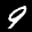
Label: 9